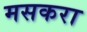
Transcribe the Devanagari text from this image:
मसकरा